画像に写った文字を読んでください
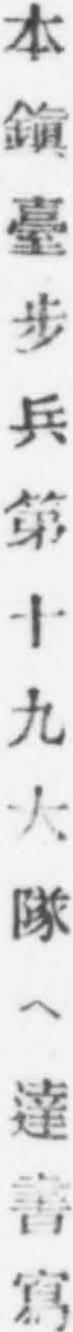
「本鎭臺步兵第十九大隊ヘ達書寫」と書いてあります